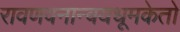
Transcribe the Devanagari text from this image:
रावणवनान्वयधूमकेतो